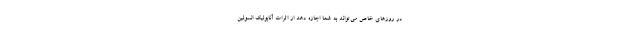
در روزهای خاص می‌تواند به شما اجازه دهد از اثرات آنابولیک انسولین